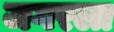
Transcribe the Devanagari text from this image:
जगरला